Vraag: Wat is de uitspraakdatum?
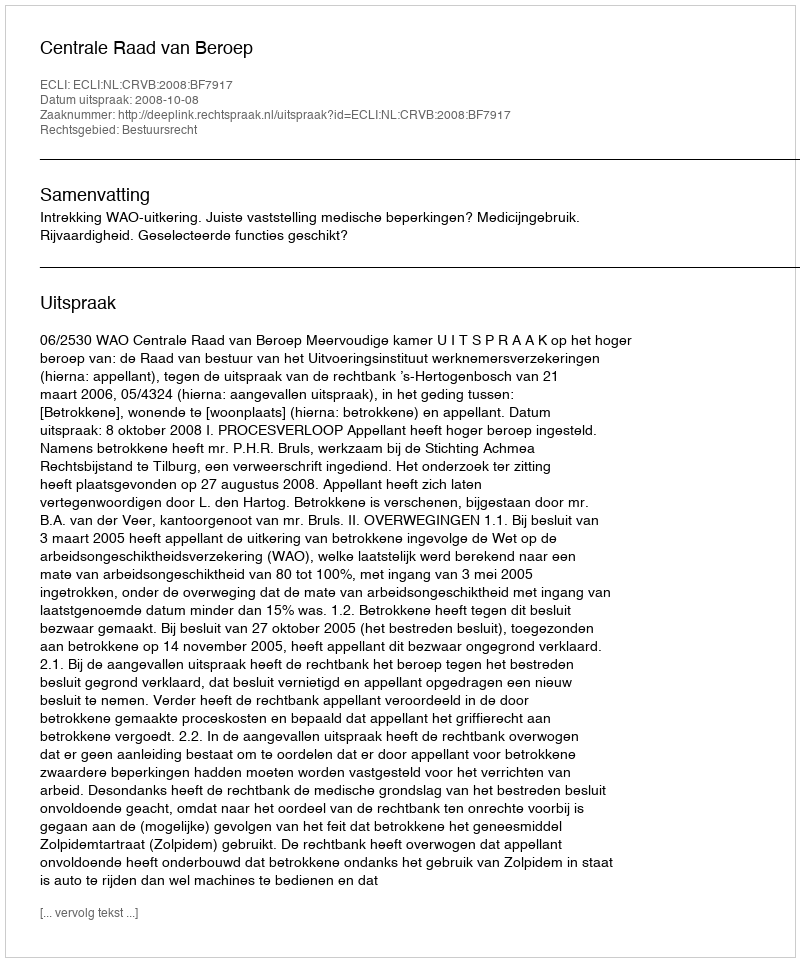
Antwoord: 2008-10-08